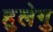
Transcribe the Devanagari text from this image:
हुलेगु